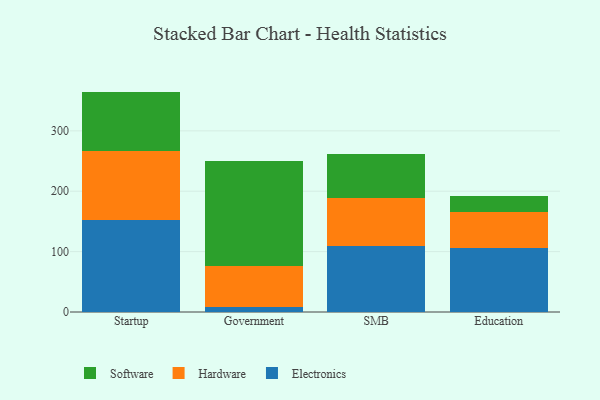
{"axis": {"x": "Segment", "y": "Headcount"}, "legend": ["Electronics", "Hardware", "Software"], "data": [{"x": "Startup", "y": 151.6, "type": "Electronics"}, {"x": "Startup", "y": 115.6, "type": "Hardware"}, {"x": "Startup", "y": 97.8, "type": "Software"}, {"x": "Government", "y": 9.0, "type": "Electronics"}, {"x": "Government", "y": 67.1, "type": "Hardware"}, {"x": "Government", "y": 174.6, "type": "Software"}, {"x": "SMB", "y": 109.3, "type": "Electronics"}, {"x": "SMB", "y": 79.0, "type": "Hardware"}, {"x": "SMB", "y": 72.7, "type": "Software"}, {"x": "Education", "y": 105.9, "type": "Electronics"}, {"x": "Education", "y": 60.3, "type": "Hardware"}, {"x": "Education", "y": 26.3, "type": "Software"}]}